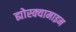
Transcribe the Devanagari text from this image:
ह्योस्क्यामाइन